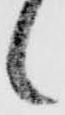
候